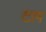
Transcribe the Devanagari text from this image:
टाग